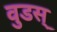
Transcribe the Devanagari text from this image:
वुडस्